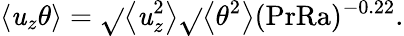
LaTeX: \left\langle\mathit{u}_{z}\theta\right\rangle=\sqrt{}{{\left\langle\mathit{u}_{z}^{2}\right\rangle}}\sqrt{}{{\left\langle\theta^{2}\right\rangle}}(\mathrm{{PrRa}})^{-0.22}.